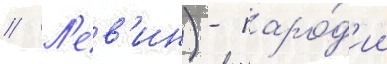
// Л'ев'ин) - паро́д'ии